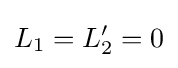
L_{1}=L'_{2}=0